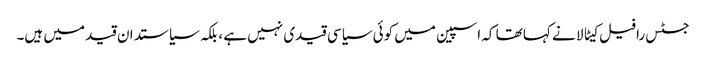
جسٹس رافیل کیٹالا نے کہا تھا کہ اسپین میں کوئی سیاسی قیدی نہیں ہے ، بلکہ سیاستدان قید میں ہیں۔